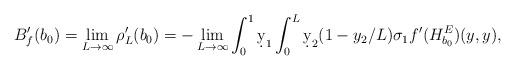
LaTeX: \begin{align*}&B_f'(b_0)=\lim_{L\to\infty}\rho_L'(b_0)=-\lim_{L\to\infty}\int_0^1\d y_1\int_0^L\d y_2 (1-y_2/L)\sigma_1 f'(H_{b_0}^E)(y,y),\end{align*}